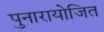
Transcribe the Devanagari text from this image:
पुनारायोजित